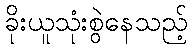
ခိုးယူသုံးစွဲနေသည့်